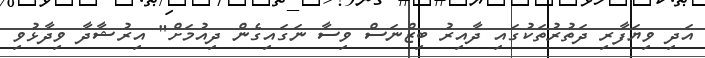
އަދި ވިޔަފާރި ދަތުރުތަކުގައި ދާއިރު ބިޒްނަސް ވިސާ ނަގައިގެން ދިއުމަށް" އިރުޝާދާ ވިދާޅުވި